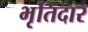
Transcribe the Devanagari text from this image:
भृतिदार